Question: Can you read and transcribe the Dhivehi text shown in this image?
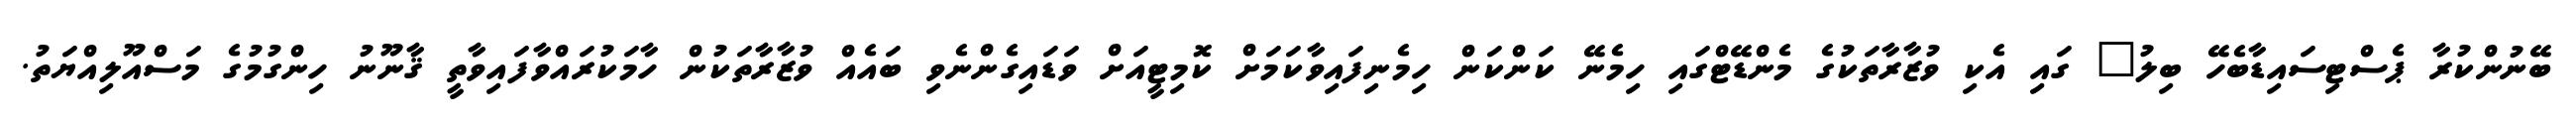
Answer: ބޭނުންކުރާ ޕެސްޓިސައިޑާބެހޭ ބިލު" ގައި އެކި ވުޒާރާތަކުގެ މެންޑޭޓްގައި ހިމެނޭ ކަންކަން ހިމެނިފައިވާކަމަށް ކޮމިޓީއަށް ވަޑައިގެންނެވި ބައެއް ވުޒާރާތަކުން ހާމަކުރައްވާފައިވާތީ ޤާނޫނު ހިންގުމުގެ މަސްއޫލިއްޔަތު.